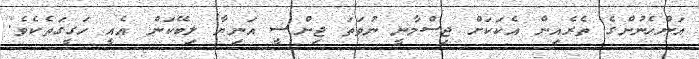
އަންހެނުންގެ ތެރެއިން އެކަކަށް ޖިސްމާނީ ނުވަތަ ޖިންސީ އަނިޔާ ލިބޭކަން އެއީ ހަގީގަތެކެވެ.